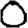
Digit: 0